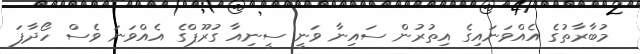
މުބާރާތުގެ އެއްވަނައިގެ އިތުރުން ސައިނާ ވަނީ ސީނިއާ ގުރޫޕްގެ އެއްވަނަ ވެސް ހޯދާފަ